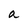
Character: a